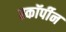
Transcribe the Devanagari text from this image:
स्कॉर्पीन